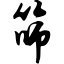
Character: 筛